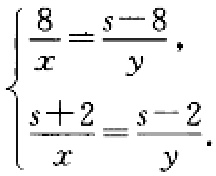
\(\begin{cases}\frac{8}{x}=\frac{s - 8}{y},\\\frac{s + 2}{x}=\frac{s - 2}{y}.\end{cases}\)